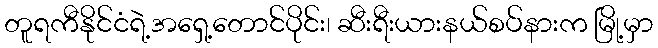
တူရကီနိုင်ငံရဲ့အရှေ့တောင်ပိုင်း၊ ဆီးရီးယားနယ်စပ်နားက မြို့မှာ